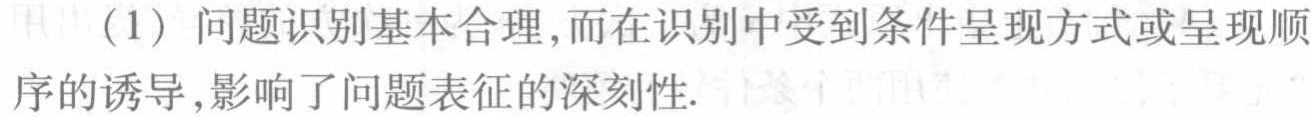
（1）问题识别基本合理，而在识别中受到条件呈现方式或呈现顺序的诱导，影响了问题表征的深刻性.